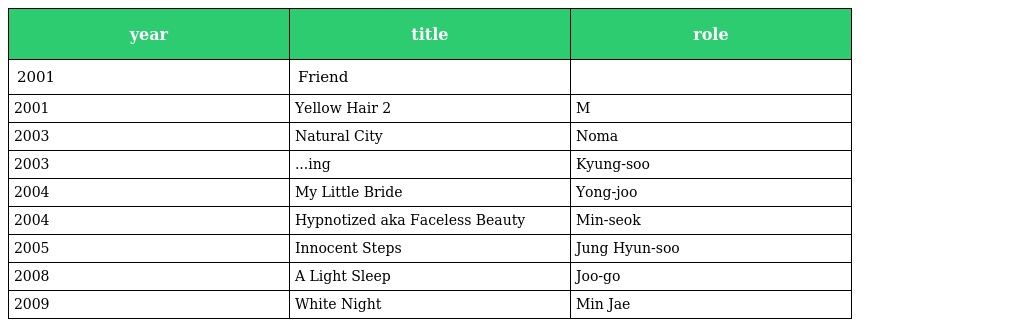
| year | title | role |
 | --- | --- | --- |
 | 2001 | Friend |  |
 | 2001 | Yellow Hair 2 | M |
 | 2003 | Natural City | Noma |
 | 2003 | ...ing | Kyung-soo |
 | 2004 | My Little Bride | Yong-joo |
 | 2004 | Hypnotized aka Faceless Beauty | Min-seok |
 | 2005 | Innocent Steps | Jung Hyun-soo |
 | 2008 | A Light Sleep | Joo-go |
 | 2009 | White Night | Min Jae |